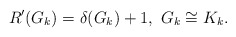
\begin{align*} \ R'(G_k)=\delta(G_k)+1,\ G_k\cong K_k.\end{align*}